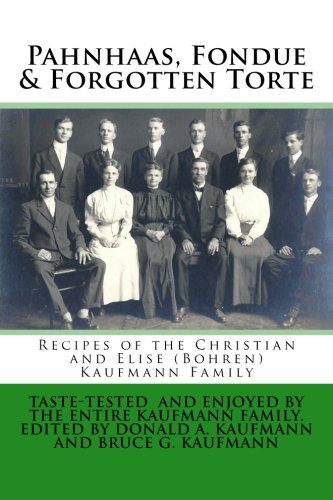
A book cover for Ponhaus, Fondue, Forgotten Torte: Recipes of the Christian and Elise Kaufmann Family; Rev. Donald Alan Kaufmann; Cookbooks, Food & Wine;